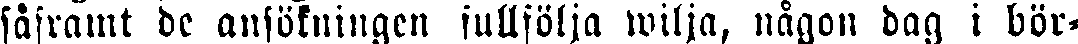
såframt dc ansökningen fullfölja wilja, någon dag i bör-